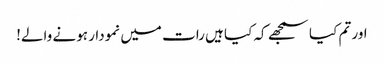
اور تم کیا سمجھے کہ کیا ہیں رات میں نمودار ہونے والے!